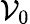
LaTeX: \mathcal{V}_{0}